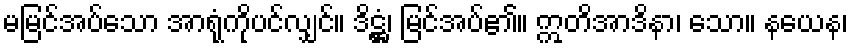
မမြင်အပ်သော အာရုံကိုပင်လျှင်။ ဒိဋ္ဌံ၊ မြင်အပ်၏။ ဣတိအာဒိနာ၊ သော။ နယေန၊